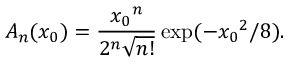
A _ { n } ( x _ { 0 } ) = \frac { { x _ { 0 } } ^ { n } } { 2 ^ { n } \sqrt { n ! } } \exp ( - { x _ { 0 } } ^ { 2 } / 8 ) .